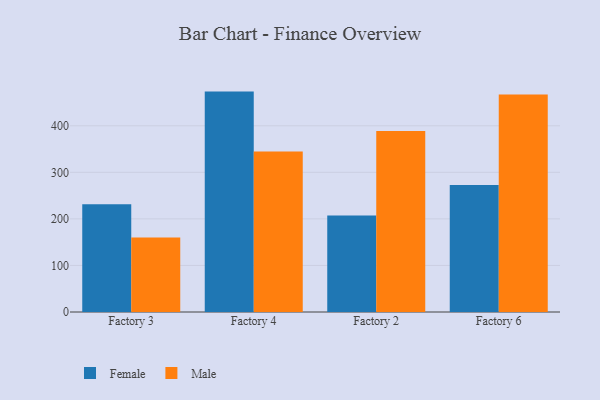
{"axis": {"x": "Factory", "y": "Page Views"}, "legend": ["Female", "Male"], "data": [{"x": "Factory 3", "y": 231.7, "type": "Female"}, {"x": "Factory 3", "y": 159.9, "type": "Male"}, {"x": "Factory 4", "y": 473.4, "type": "Female"}, {"x": "Factory 4", "y": 344.7, "type": "Male"}, {"x": "Factory 2", "y": 207.4, "type": "Female"}, {"x": "Factory 2", "y": 388.9, "type": "Male"}, {"x": "Factory 6", "y": 272.6, "type": "Female"}, {"x": "Factory 6", "y": 467.1, "type": "Male"}]}